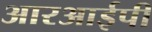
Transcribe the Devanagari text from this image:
आरआईपी